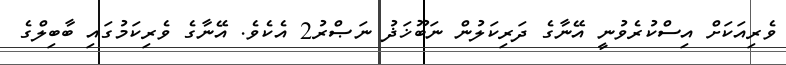
ވެރިއަކަށް އިސްކުރެވުނީ އޭނާގެ ދަރިކަލުން ނަބޫޚަޛު ނަޞްރު2 އެކެވެ. އޭނާގެ ވެރިކަމުގައި ބާބިލްގެ